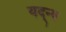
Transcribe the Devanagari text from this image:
यद्न्य